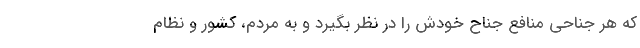
که هر جناحی منافع جناح خودش را در نظر بگیرد و به مردم، کشور و نظام